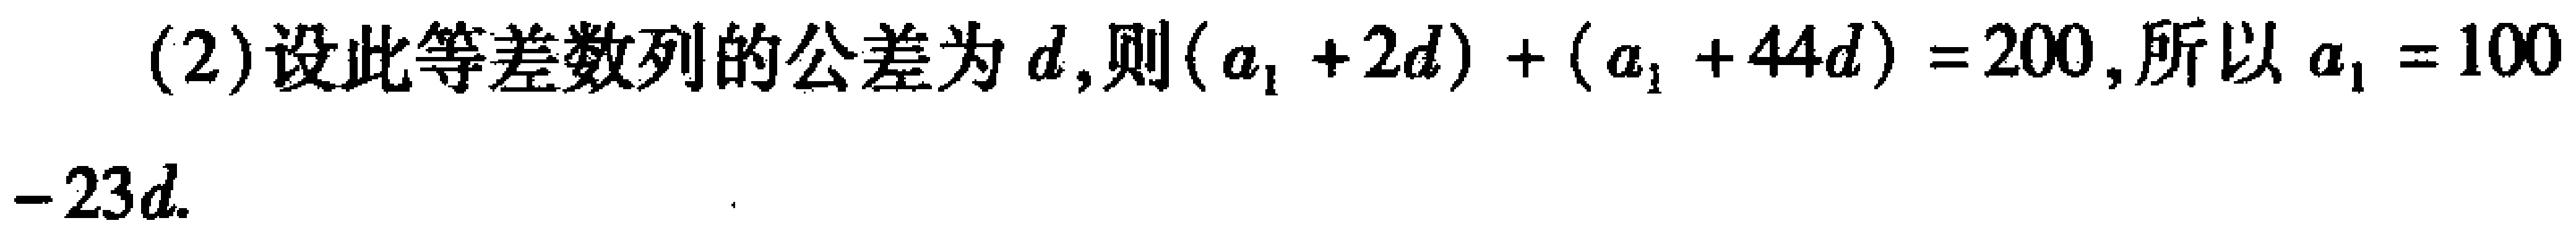
(2)设此等差数列的公差为\(d\)，则\((a_{1} + 2d)+(a_{1} + 44d)=200\)，所以\(a_{1}=100 - 23d\)。